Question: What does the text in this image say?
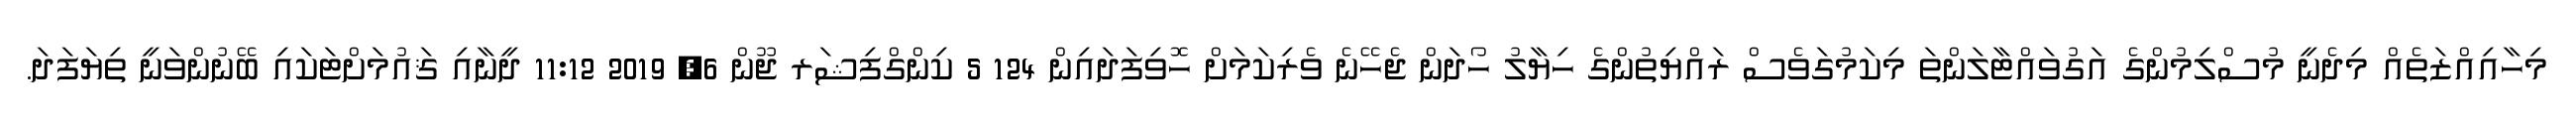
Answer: މިހާއިއްޒަތެއް މިދެނީ މުސްލިމުންގެ އަގުވައްޓާލަންތަ މިކަމުގަވެސް ރައްޔިތުންގެ ހިޔާލު ހޯދަން ޖެހޭނެ ވެރިކަމަށް ހޮވިފަދައިން 124 5 ކިންގްފިޝަރ ޖޫން 6, 2019 11:12 ދީނާއި ޤައުމަށްޓަކައި ބޭނުންވަނީ ތިޔަފަދަ.